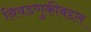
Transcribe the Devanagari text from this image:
निवडणुकीबद्दल